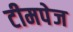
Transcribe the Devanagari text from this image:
टीमपेज